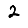
Digit: 2